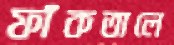
ফাঁকতালে